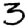
Digit: 3